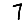
Digit: 7